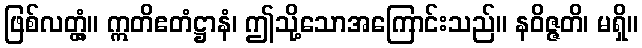
ဖြစ်လတ္တံ့။ ဣတိဧတံဋ္ဌာနံ၊ ဤသို့သောအကြောင်းသည်။ နဝိဇ္ဇတိ၊ မရှိ။